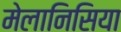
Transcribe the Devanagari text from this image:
मेलानिसिया